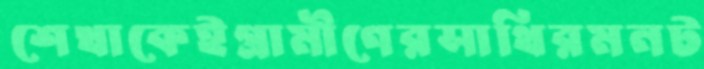
শেখাকেইগ্রামীণেরসাথিরমনট